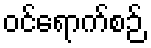
ဝင်ရောက်စဉ်